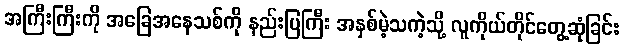
အကြီးကြီးကို အခြေအနေသစ်ကို နည်းပြကြီး အနှစ်မဲ့သကဲ့သို့ လူကိုယ်တိုင်တွေ့ဆုံခြင်း